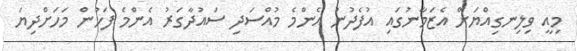
މިއީ ވިލިނގިއްޔަށް އެޒަމާނުގައި އުފެދުނު އެންމެ މުއްސަދި ސައުދާގަރު އެންމެ ފަހުން މަހަށްދިޔަ